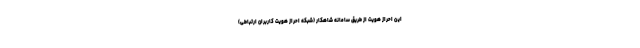
این احراز هویت از طریق سامانه شاهکار (شبکه احراز هویت کاربران ارتباطی)